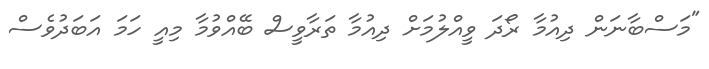
"މަސްބާނަން ދިއުމާ ރޯދަ ވީއްލުމަށް ދިއުމާ ތަރާވީސް ބޭއްވުމާ މިއީ ހަމަ އަބަދުވެސް